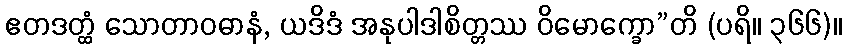
ဧတဒတ္ထံ သောတာဝဓာနံ, ယဒိဒံ အနုပါဒါစိတ္တဿ ဝိမောက္ခော”တိ (ပရိ။ ၃၆၆)။